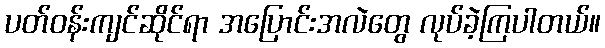
ပတ်ဝန်းကျင်ဆိုင်ရာ အပြောင်းအလဲတွေ လုပ်ခဲ့ကြပါတယ်။